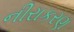
નીરાકરણ